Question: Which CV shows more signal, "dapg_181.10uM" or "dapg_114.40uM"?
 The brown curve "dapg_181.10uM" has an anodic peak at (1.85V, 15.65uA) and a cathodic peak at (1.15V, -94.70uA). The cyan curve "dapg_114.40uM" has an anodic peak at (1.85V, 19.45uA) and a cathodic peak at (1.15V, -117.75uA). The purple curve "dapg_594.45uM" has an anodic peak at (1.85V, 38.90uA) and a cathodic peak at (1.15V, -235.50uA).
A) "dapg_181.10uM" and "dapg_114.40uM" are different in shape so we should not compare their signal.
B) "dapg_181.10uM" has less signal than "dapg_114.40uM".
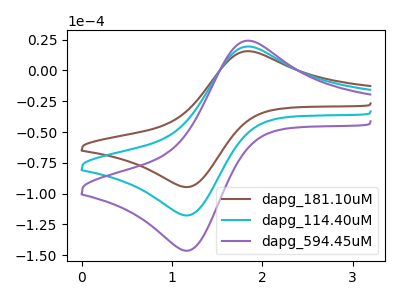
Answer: <think>All the peaks in "dapg_181.10uM" have a peak in "dapg_114.40uM" at the same potential. Every peak in "dapg_181.10uM" is lower than every peak in "dapg_114.40uM".
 </think>
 <answer>B) "dapg_181.10uM" has less signal than "dapg_114.40uM".</answer>
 <eval>B</eval>